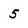
Character: 5